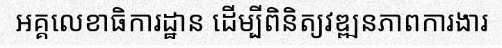
អគ្គលេខាធិការដ្ឋាន ដើម្បីពិនិត្យវឌ្ឍនភាពការងារ